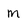
Character: M